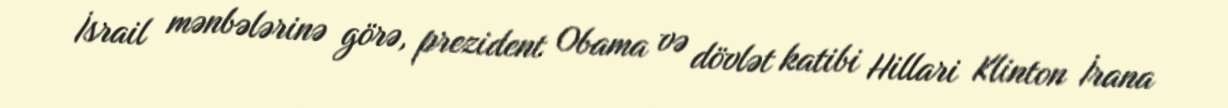
İsrail mənbələrinə görə, prezident Obama və dövlət katibi Hillari Klinton İrana